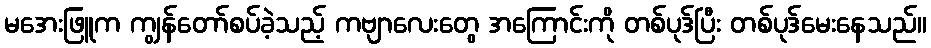
မအေးဖြူက ကျွန်တော်စပ်ခဲ့သည့် ကဗျာလေးတွေ အကြောင်းကို တစ်ပုဒ်ပြီး တစ်ပုဒ်မေးနေသည်။